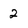
Character: 2